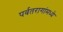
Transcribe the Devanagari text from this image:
पर्वतरागांमध्ये